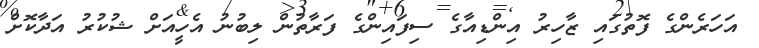
އަހަރެންގެ ފޮތުގައި ޒާހިރު އިންޑިއާގެ ސިފައިންގެ ފަރާތުން ލިބުނު އެހީއަށް ޝުކުރު އަދާކޮށް